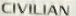
CIVILIAN